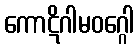
ကောဋိဂါမဝဂ္ဂေါ